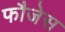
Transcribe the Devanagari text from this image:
फौजेस